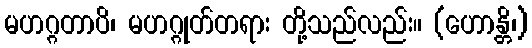
မဟဂ္ဂတာပိ၊ မဟဂ္ဂုတ်တရား တို့သည်လည်း။ (ဟောန္တိ၊)